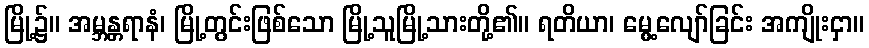
မြို့၌။ အမ္ဘန္တရာနံ၊ မြို့တွင်းဖြစ်သော မြို့သူမြို့သားတို့၏။ ရတိယာ၊ မွေ့လျော်ခြင်း အကျိုးငှာ။